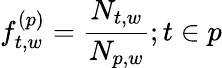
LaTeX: f_{t,w}^{(p)}=\frac{N_{t,w}}{N_{p,w}};t\in p